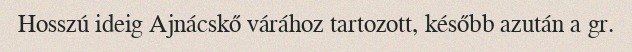
Hosszú ideig Ajnácskő várához tartozott, később azután a gr.